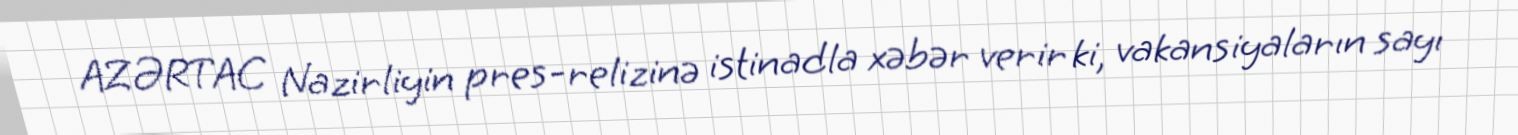
AZƏRTAC Nazirliyin pres-relizinə istinadla xəbər verir ki, vakansiyaların sayı